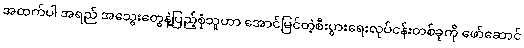
အထက်ပါ အရည် အသွေးတွေနဲ့ပြည့်စုံသူဟာ အောင်မြင်တဲ့စီးပွားရေးလုပ်ငန်းတစ်ခုကို ဖော်ဆောင်